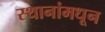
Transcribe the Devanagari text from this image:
स्थानांमधून